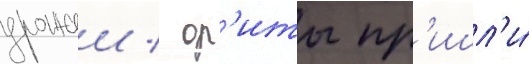
урожаи / ор'иты пр'ишл'и́